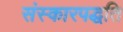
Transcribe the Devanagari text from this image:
संस्कारपद्धति